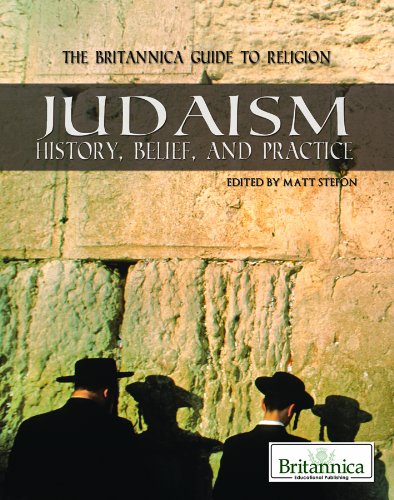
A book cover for Judaism: History, Belief, and Practice (The Britannica Guide to Religion); Teen & Young Adult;